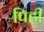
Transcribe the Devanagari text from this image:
पिही